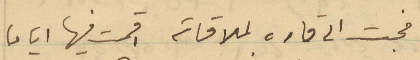
فجت الى قارة لملاقاته اقمت فيها ايامًا